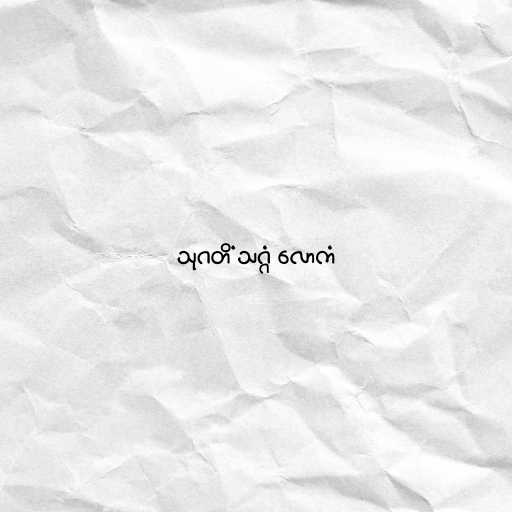
သုဂတိံ သဂ္ဂံ လောကံ